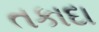
તકાદા